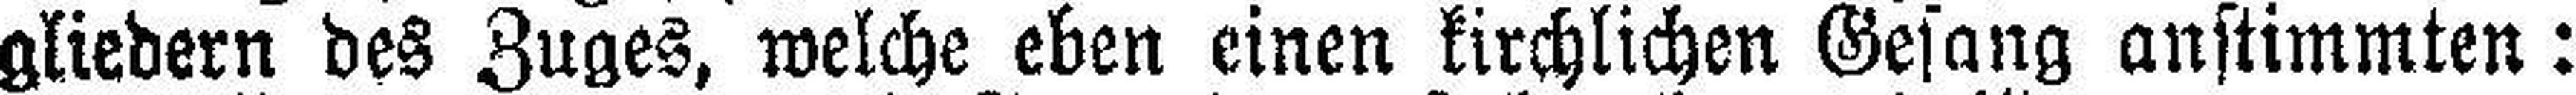
gliedern des Zuges, welche eben einen kirchlichen Gesang anstimmten: